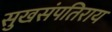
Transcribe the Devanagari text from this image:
सुखसंपतिराय